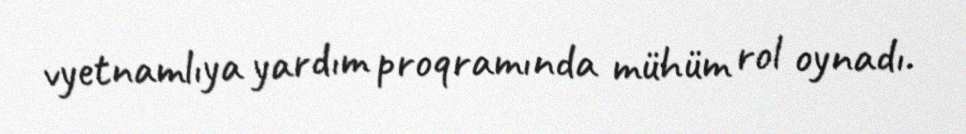
vyetnamlıya yardım proqramında mühüm rol oynadı.